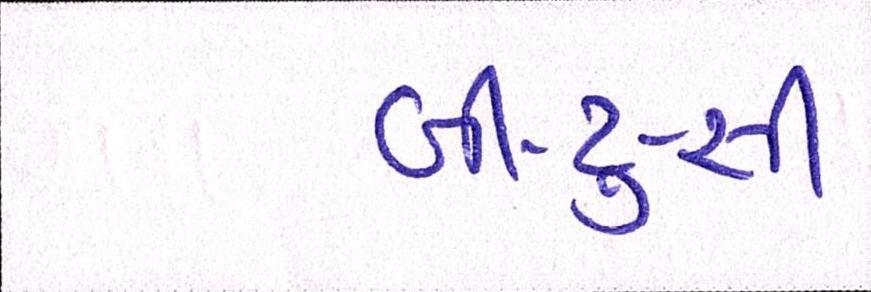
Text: બી-ટુ-સી